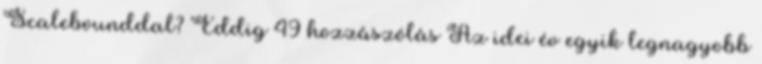
Scalebounddal? Eddig 49 hozzászólás Az idei év egyik legnagyobb